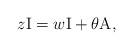
LaTeX: \begin{align*}z\mathrm{I}=w\mathrm{I}+\theta \mathrm{A,}\end{align*}